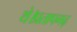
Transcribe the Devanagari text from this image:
थे।प्रतापगढ़